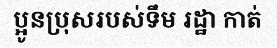
ប្អូនប្រុសរបស់ទឹម រដ្ឋា កាត់